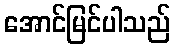
အောင်မြင်ပါသည်